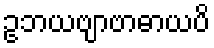
ဥဘယဗျာဗာဓာယပိ